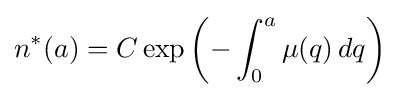
n^{*}(a)=C\exp \left(-\int _{0}^{a}\mu (q)\,dq\right)